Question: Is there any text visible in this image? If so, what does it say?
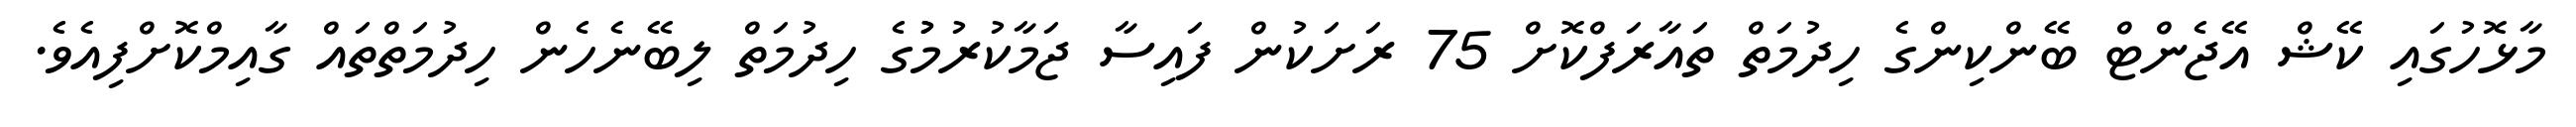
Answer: މާޅޮހުގައި ކޭޝް އޭޖެންޓް ބޭންކިންގެ ހިދުމަތް ތައާރަފްކޮށް 75 ރަށަކުން ފައިސާ ޖަމާކުރުމުުގެ ހިދުމަތް ލިބޭނެހެން ހިދުމަތްތައް ގާއިމްކޮށްފިއެވެ.